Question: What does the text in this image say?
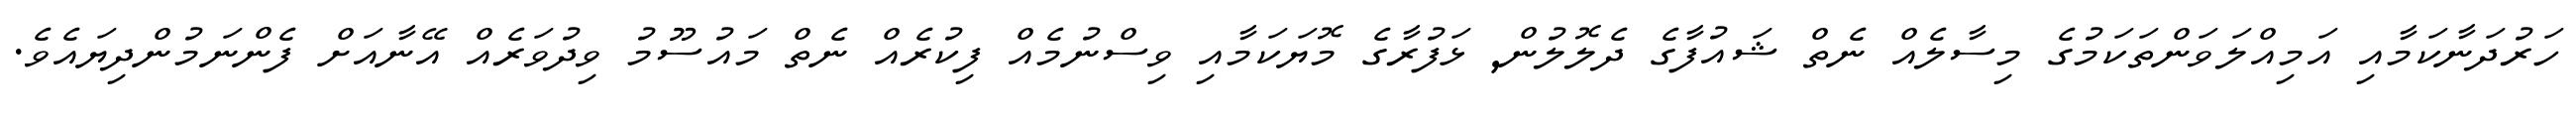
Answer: ހަރުދަނާކަމާއި އަމިއްލަވަންތަކަމުގެ މިސާލެއް ނެތް ޝައުފާގެ ދެލޮލުން, ޅަފުރާގެ މޮޔަކަމާއި ވިސްނުމެއް ފިކުރެއް ނެތް މައުސޫމު ވިދުވަރެއް އޭނާއަށް ފެންނަމުންދިޔައެވެ.